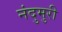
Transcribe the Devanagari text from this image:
नंदुमुरी